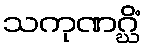
သကုဏဂ္ဃိံ